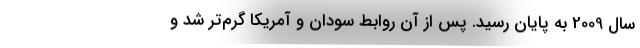
سال 2009 به پایان رسید. پس از آن روابط سودان و آمریکا گرم‌تر شد و